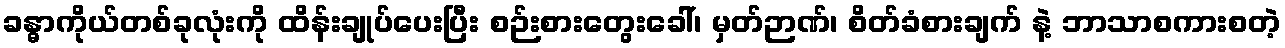
ခန္ဓာကိုယ်တစ်ခုလုံးကို ထိန်းချုပ်ပေးပြီး စဉ်းစားတွေးခေါ်၊ မှတ်ဉာဏ်၊ စိတ်ခံစားချက် နဲ့ ဘာသာစကားစတဲ့